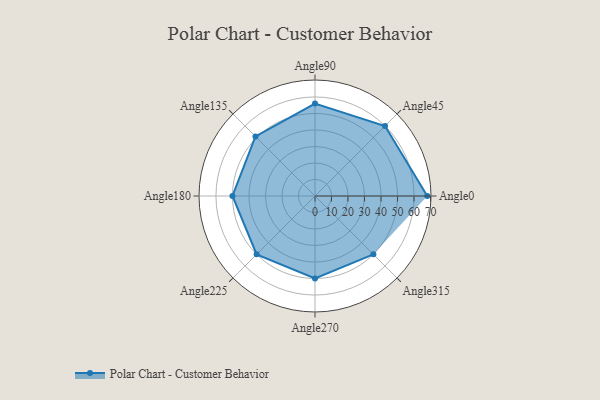
{"axis": {"x": "Angle", "y": "Radius"}, "legend": [""], "data": [{"x": "Angle0", "y": 68.0, "type": ""}, {"x": "Angle45", "y": 60.0, "type": ""}, {"x": "Angle90", "y": 56.0, "type": ""}, {"x": "Angle135", "y": 51.0, "type": ""}, {"x": "Angle180", "y": 50, "type": ""}, {"x": "Angle225", "y": 50, "type": ""}, {"x": "Angle270", "y": 50, "type": ""}, {"x": "Angle315", "y": 50, "type": ""}]}